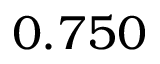
0 . 7 5 0